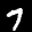
Label: 7